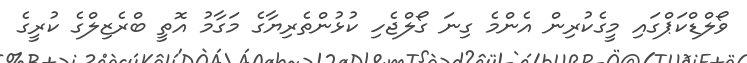
ވޯލްޑްކަޕްގައި މީގެކުރިން އެންމެ ގިނަ ގޯލްޖެހި ކުޅުންތެރިޔާގެ މަގާމު އޮތީ ބްރެޒިލްގެ ކުރީގެ